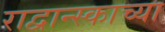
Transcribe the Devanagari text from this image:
राद्वान्स्काच्या